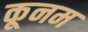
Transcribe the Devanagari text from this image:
कूनम